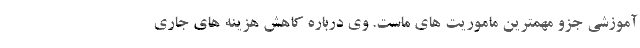
آموزشی جزو مهمترین ماموریت های ماست. وی درباره کاهش هزینه های جاری